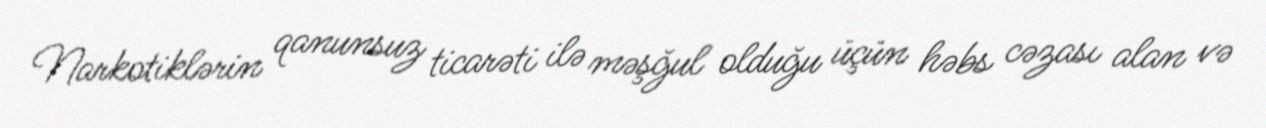
Narkotiklərin qanunsuz ticarəti ilə məşğul olduğu üçün həbs cəzası alan və